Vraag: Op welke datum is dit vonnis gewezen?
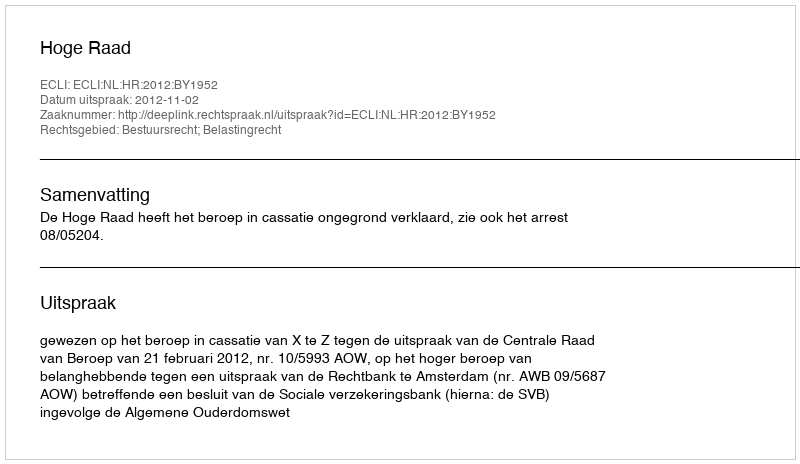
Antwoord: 2012-11-02